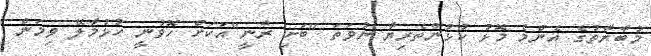
މުބާރާތުގެ އެންމެ މޮޅު ކުޅުންތެރިޔާ ނުވަތަ "ބަށި ރާނީ"އަކަށް ހޮވުނީ ހުޅުމާލޭ ވިމަން